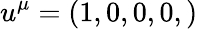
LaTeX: u^{\mu}=\left(1,0,0,0,\right)